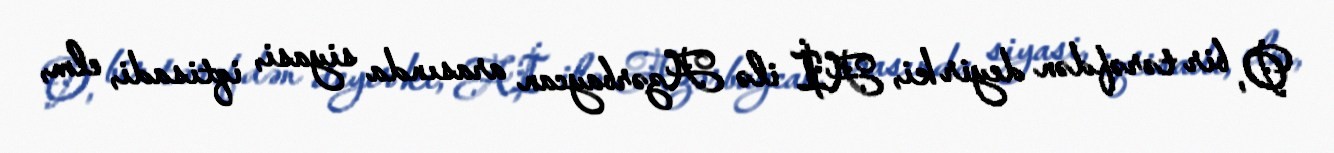
O, bir tərəfdən deyir ki, Aİ ilə Azərbaycan arasında siyasi, iqtisadi, elm,